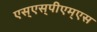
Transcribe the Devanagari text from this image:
एस्‌एस्‌पीएम्‌एस